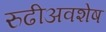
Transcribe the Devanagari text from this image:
रुढीअवशेष